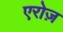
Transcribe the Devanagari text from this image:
एरोज़